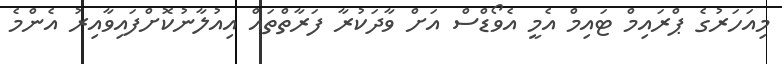
މިއަހަރުގެ ޕްރައިމް ޓައިމް އެމީ އެވޯޑްސް އަށް ވާދަކުރާ ފަރާތްތައް އިއުލާނުކޮށްފައިވާއިރު އެންމެ